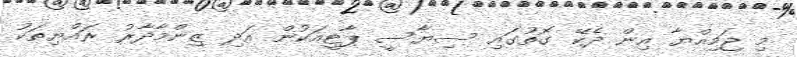
މި ޖަމިއްޔާ އިން ދެކޭ ގޮތުގައި ސިޔާސީ ޕާޓީއަކުން އަދި ޒިންމާދާރު ރައްޔިތަކު